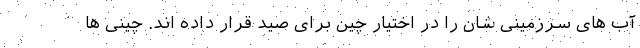
آب های سرزمینی شان را در اختیار چین برای صید قرار داده اند. چینی ها